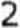
2